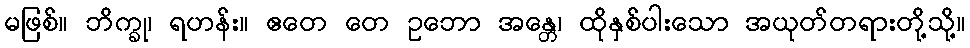
မဖြစ်။ ဘိက္ခု၊ ရဟန်း။ ဧတေ တေ ဥဘော အန္တေ၊ ထိုနှစ်ပါးသော အယုတ်တရားတို့သို့။